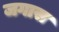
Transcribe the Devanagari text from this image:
जगास